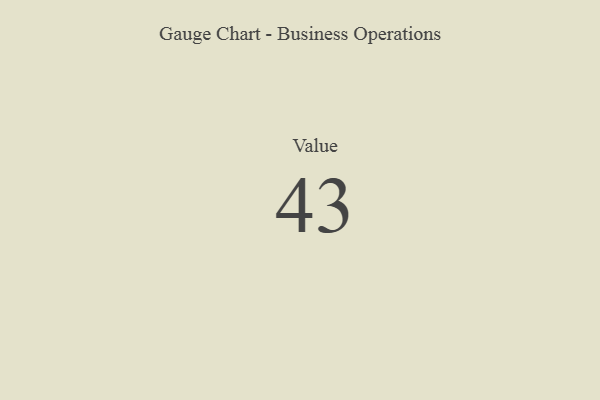
{"axis": {"x": "Metric", "y": "Value"}, "legend": [""], "data": [{"x": "Value", "y": 43, "type": ""}]}